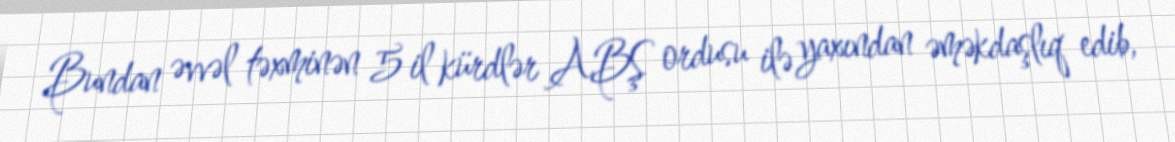
Bundan əvvəl təxminən 5 il kürdlər ABŞ ordusu ilə yaxından əməkdaşlıq edib,